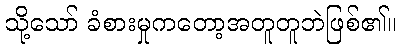
သို့သော် ခံစားမှုကတော့အတူတူဘဲဖြစ်၏။